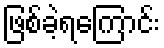
ဖြစ်ခဲ့ရကြောင်း